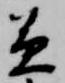
兼